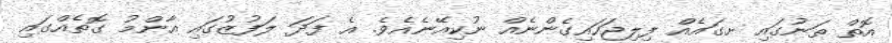
އޮތް ތަނުގައި ށގައެއް ފިލިޖަހައިގެންނެއް ނުކިއޭނެއެވެ. އެ ފަދަ ލަފުޒުގައި އާންމު ގޮތެއްގައި